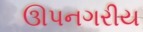
ઊપનગરીય